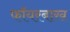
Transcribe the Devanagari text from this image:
फॉयरबाख